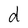
Character: d